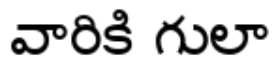
వారికి గులా